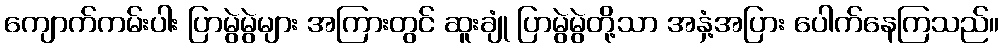
ကျောက်ကမ်းပါး ပြာမွဲမွဲများ အကြားတွင် ဆူးချုံ ပြာမွဲမွဲတို့သာ အနှံ့အပြား ပေါက်နေကြသည်။